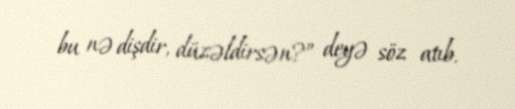
bu nə dişdir, düzəldirsən?” deyə söz atıb.